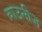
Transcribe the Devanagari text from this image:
ब्राउनीज